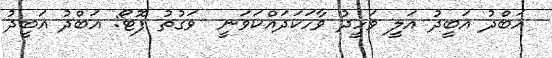
އަބްދު އަބީދު އަލީ ވަހީދު ވާހަކަދައްކަވަނީ  ވަގުތު ފޮޓޯ: އަބްދު އަބީދު